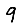
Digit: 9